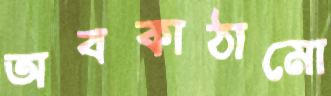
অবকাঠামো